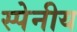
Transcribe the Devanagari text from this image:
स्पेनीय